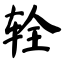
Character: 辁